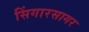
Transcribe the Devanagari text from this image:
सिंगारसागर